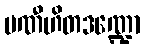
ပဏီဟိတဒဏ္ဍော